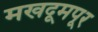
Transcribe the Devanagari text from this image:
मखदूमपूर